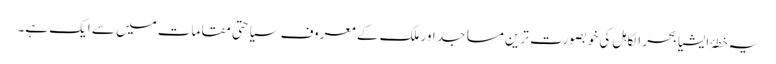
یہ خطۂ ایشیا بحر الکاہل کی خوبصورت ترین مساجد اور ملک کے معروف سیاحتی مقامات میں سے ایک ہے۔